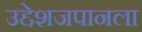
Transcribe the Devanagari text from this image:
उद्देशजपानला